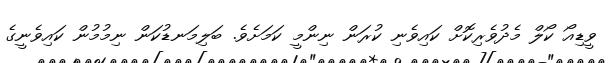
ވީޑިއޯ ކޯލް މެދުވެރިކޮށް ކައިވެނި ކުރަން ނިންމީ ކަމަށެވެ. ބަލިމަނޑުކަން ނިމުމުން ކައިވެނީގެ